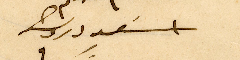
اسَعد درويش